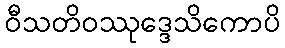
ဝီသတိဝဿုဒ္ဒေသိကောပိ